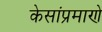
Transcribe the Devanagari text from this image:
केसांप्रमाणे